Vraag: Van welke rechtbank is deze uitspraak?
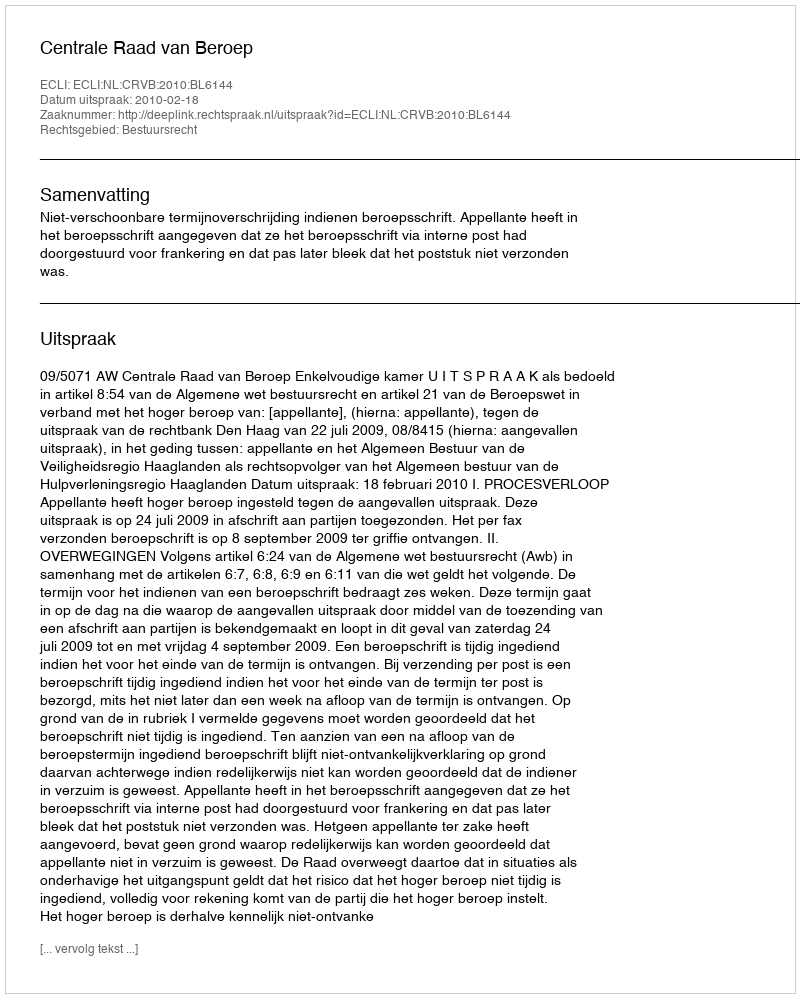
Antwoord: Centrale Raad van Beroep